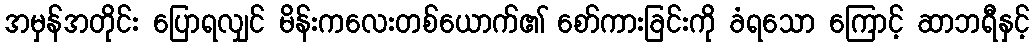
အမှန်အတိုင်း ပြောရလျှင် မိန်းကလေးတစ်ယောက်၏ စော်ကားခြင်းကို ခံရသော ကြောင့် ဆာဘရီနှင့်